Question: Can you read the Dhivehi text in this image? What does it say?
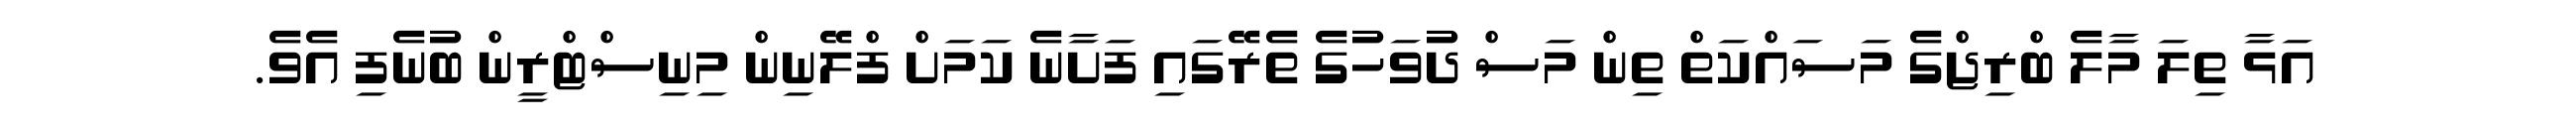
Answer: އަޅާ ތިލަ މާލެ ބްރިޖްގެ މަސައްކަތް ތިން މަސް ދުވަހުގެ ތެރޭގައި ފަށާނެ ކަމަށް ފްލޭނިން މިނިސްޓްރީން ބުނެފި އެވެ.